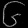
Digit: ၆